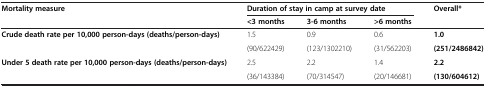
| Mortality measure | <COLSPAN=3> Duration of stay in camp at survey date | Overall* |
 |  | <3 months | 3-6 months | >6 months |  |
 | --- | --- | --- | --- | --- |
 | Crude death rate per 10,000 person-days (deaths/person-days) | 1.5 | 0.9 | 0.6 | 1.0 |
 |  | (90/622429) | (123/1302210) | (31/562203) | (251/2486842) |
 | Under 5 death rate per 10,000 person-days (deaths/person-days) | 2.5 | 2.2 | 1.4 | 2.2 |
 |  | (36/143384) | (70/314547) | (20/146681) | (130/604612) |